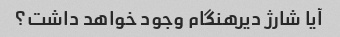
آیا شارژ دیرهنگام وجود خواهد داشت؟